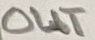
Text: OUT